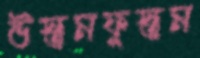
উস্তমফুস্তম